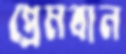
প্রেমবান